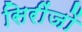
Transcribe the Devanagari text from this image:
सिरींजों